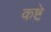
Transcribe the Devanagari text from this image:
कष्टे